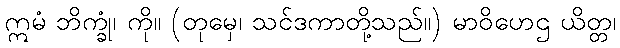
ဣမံ ဘိက္ခုံ၊ ကို။ (တုမှေ၊ သင်ဒကာတို့သည်။) မာဝိဟေဌ ယိတ္တ၊